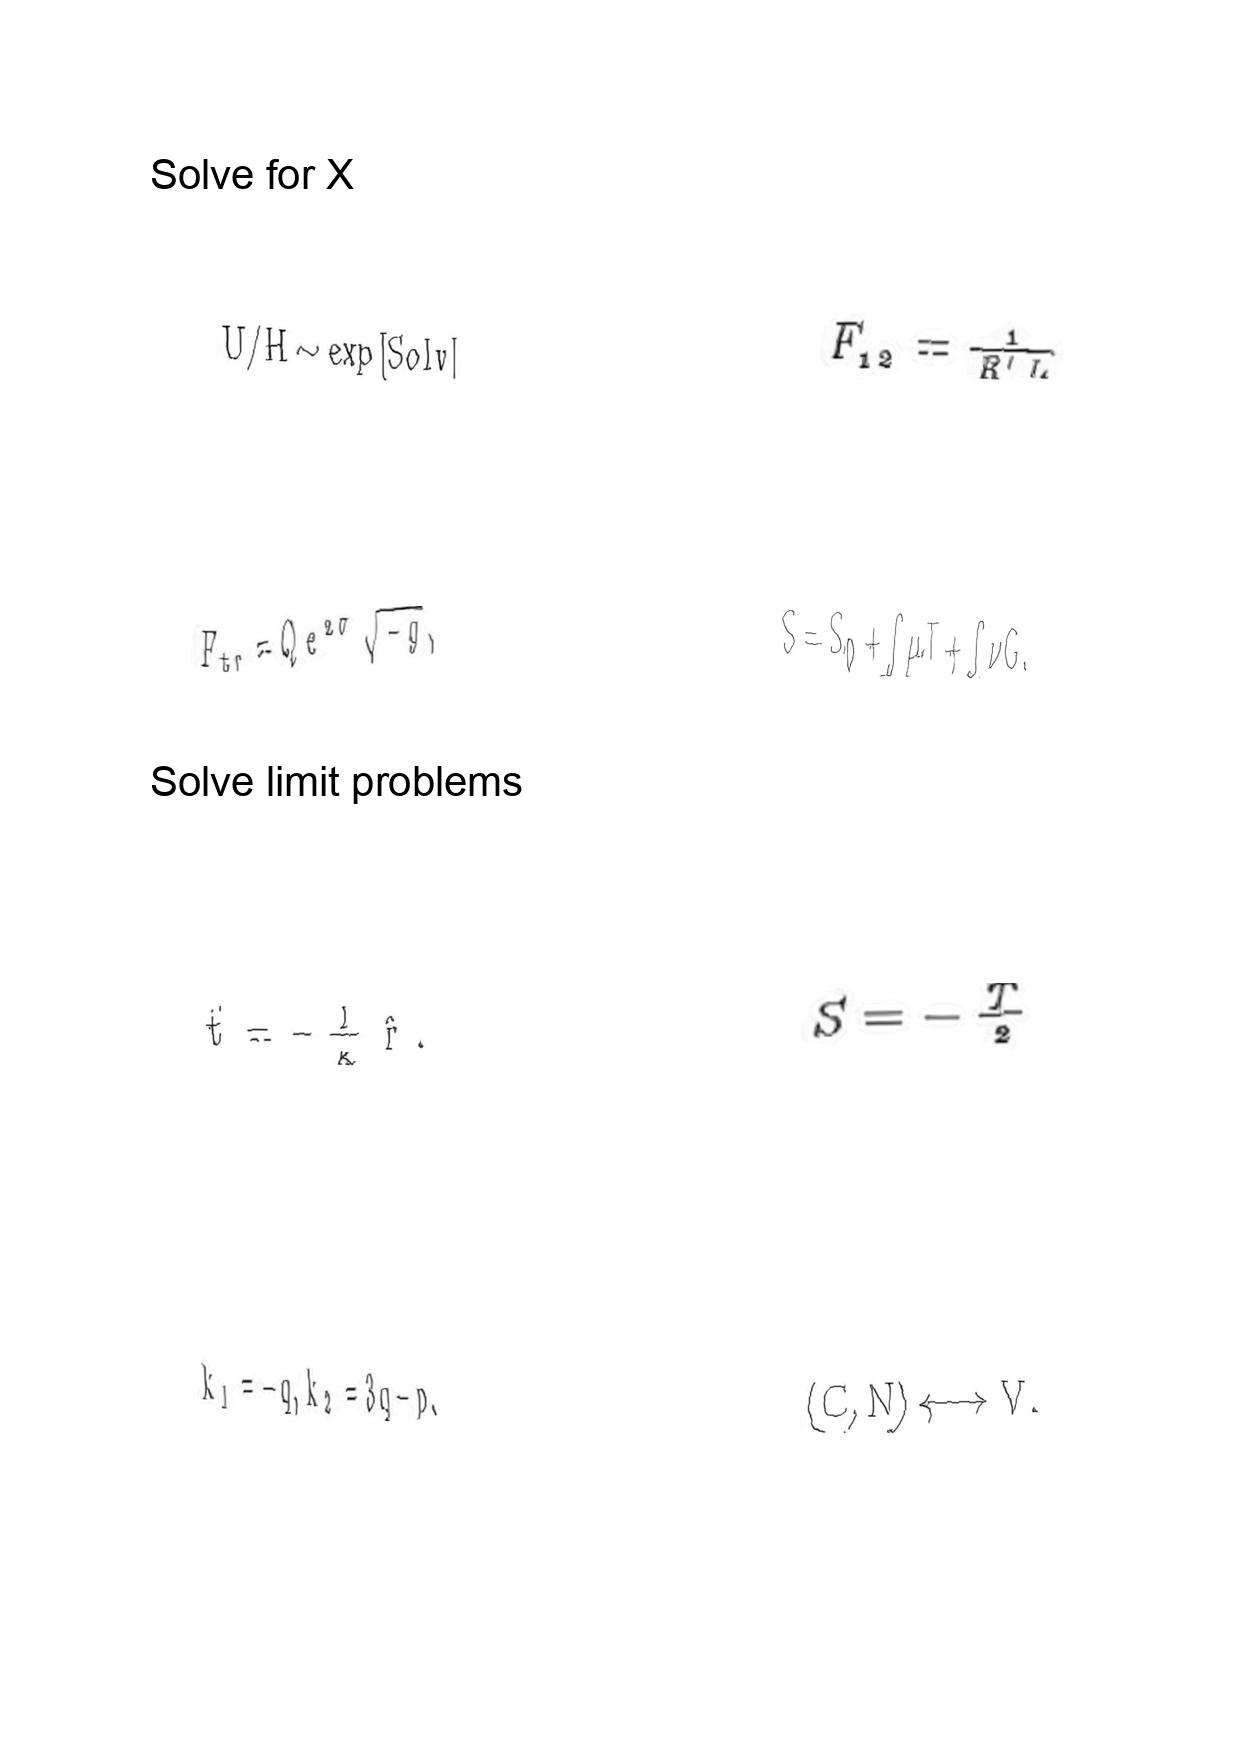
LaTeX transcription:
U / H \sim \exp \lbrack S o l v \rbrack
F _ { t r } = Q e ^ { 2 \sigma } \sqrt { - g } ,
\hat { t } = - \frac { 1 } { \kappa } \hat { r } .
k _ { 1 } = - q , k _ { 2 } = 3 q - p .
F _ { 1 2 } = \frac { 1 } { R ^ { \prime } L }
S = S _ { 0 } + \int \mu T + \int \nu G .
S = - \frac { T } { 2 }
\lparen C , N \rparen \longleftrightarrow V .